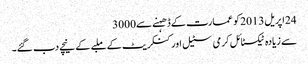
24اپریل2013کو عمارت کے ڈھہنے سے3000
سے زیادہ ٹیکسٹائل کرمی سٹیل اور کنکریٹ کے ملبے کے نیچے دب گئے۔